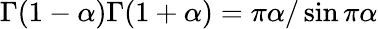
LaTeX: \Gamma(1-\alpha)\Gamma(1+\alpha)=\pi\alpha/\sin\pi\alpha